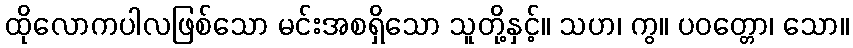
ထိုလောကပါလဖြစ်သော မင်းအစရှိသော သူတို့နှင့်။ သဟ၊ ကွ။ ပဝတ္တော၊ သော။